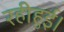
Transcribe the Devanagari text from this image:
रहीहुई।